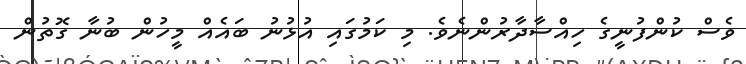
ވެސް ކުންފުނީގެ ހިއްސާދާރުންނެވެ. މި ކަމުގައި އުޅުނު ބައެއް މީހުން ބުނާ ގޮތުން